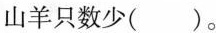
山羊只数少( )。